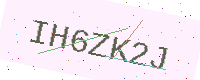
Text: IH6ZK2J